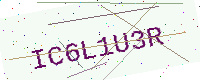
Text: IC6L1U3R